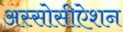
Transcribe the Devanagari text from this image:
अस्सोसीऐशन